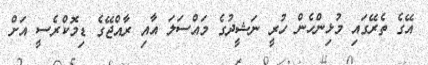
އޭގެ ތެރޭގައި މުޅިންހެން ހުރީ ނަޝީދުގެ މައްސަލަ އާއި ރާއްޖޭގެ ޑިމޮކްރެސީ އަށް